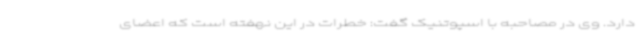
دارد. وی در مصاحبه با اسپوتنیک گفت: خطرات در این نهفته است که اعضای